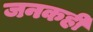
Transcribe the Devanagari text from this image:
जनकही